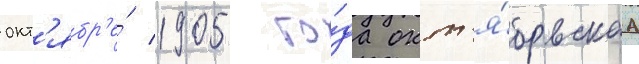
окт'ябр'е́ 1905 го́да окт'я́брьскаа